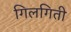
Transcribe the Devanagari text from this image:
गिलगिती